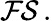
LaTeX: {\mathcal{FS}}\, .